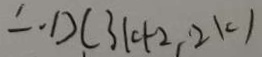
\therefore D C 3 1 c + 2 , 2 1 < 1